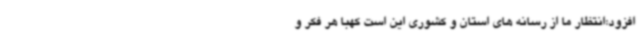
افزود:انتظار ما از رسانه های استان و کشوری این است کهبا هر فکر و